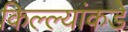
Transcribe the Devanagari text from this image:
किल्ल्यांकडे